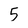
Character: 5